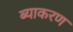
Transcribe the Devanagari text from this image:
ब्याकरण